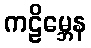
ကဠိမ္ဘေန